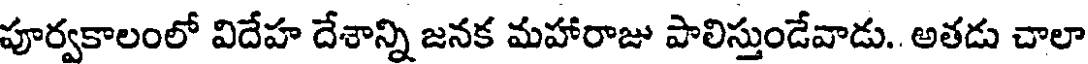
పూర్వకాలంలో విదేహ దేశాన్ని జనక మహారాజు పాలిస్తుండేవాడు. అతడు చాలా